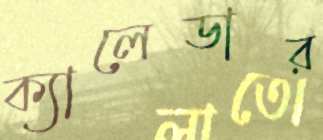
ক্যালেডার